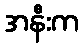
အနီးက